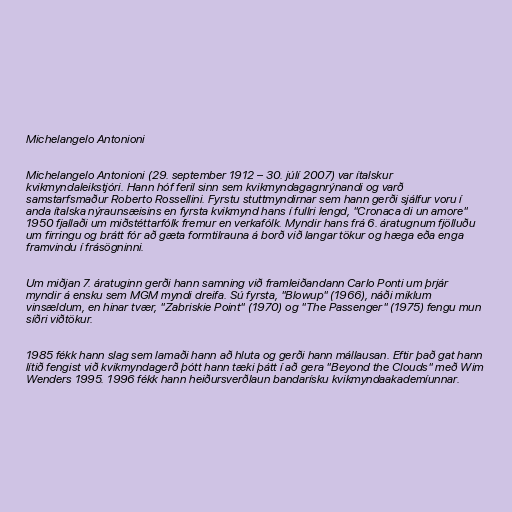
Michelangelo Antonioni

Michelangelo Antonioni (29. september 1912 – 30. júlí 2007) var ítalskur
kvikmyndaleikstjóri. Hann hóf feril sinn sem kvikmyndagagnrýnandi og varð
samstarfsmaður Roberto Rossellini. Fyrstu stuttmyndirnar sem hann gerði sjálfur voru í
anda ítalska nýraunsæisins en fyrsta kvikmynd hans í fullri lengd, "Cronaca di un amore"
1950 fjallaði um miðstéttarfólk fremur en verkafólk. Myndir hans frá 6. áratugnum fjölluðu
um firringu og brátt fór að gæta formtilrauna á borð við langar tökur og hæga eða enga
framvindu í frásögninni.

Um miðjan 7. áratuginn gerði hann samning við framleiðandann Carlo Ponti um þrjár
myndir á ensku sem MGM myndi dreifa. Sú fyrsta, "Blowup" (1966), náði miklum
vinsældum, en hinar tvær, "Zabriskie Point" (1970) og "The Passenger" (1975) fengu mun
síðri viðtökur.

1985 fékk hann slag sem lamaði hann að hluta og gerði hann mállausan. Eftir það gat hann
lítið fengist við kvikmyndagerð þótt hann tæki þátt í að gera "Beyond the Clouds" með Wim
Wenders 1995. 1996 fékk hann heiðursverðlaun bandarísku kvikmyndaakademíunnar.